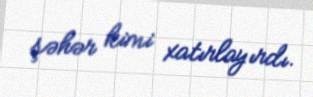
şəhər kimi xatırlayırdı.